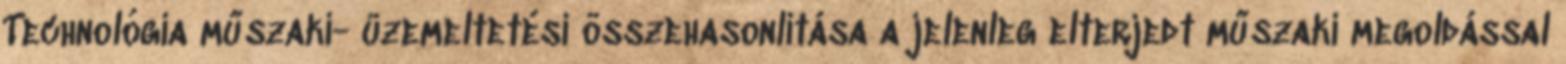
Technológia műszaki- üzemeltetési összehasonlítása a jelenleg elterjedt műszaki megoldással